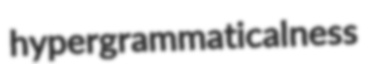
hypergrammaticalness